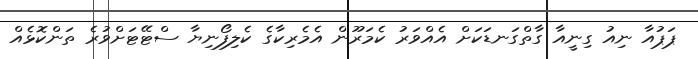
ޕަޕުއާ ނިއު ގިނީއާ ގާތްގަނޑަކަށް އެއްވަރު ކެމަރޫން އެމެރިކާގެ ކެލިފޯނިޔާ ސްޓޭޓަށްވުރެ ތަންކޮޅެއް